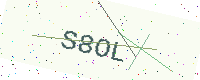
Text: S8OL